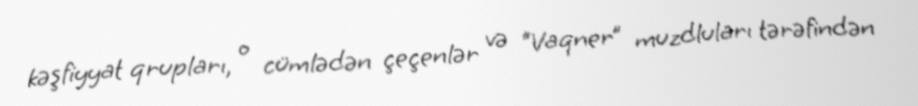
kəşfiyyat qrupları, o cümlədən çeçenlər və “Vaqner” muzdluları tərəfindən